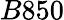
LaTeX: B850